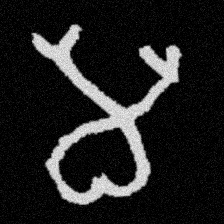
Pyu character \u2014 Myanmar letter: မ (romanized: ma)